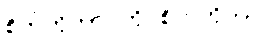
စိတ်တိုတာ ကို စိတ်တိုတာ။